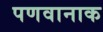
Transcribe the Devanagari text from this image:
पणवानाक